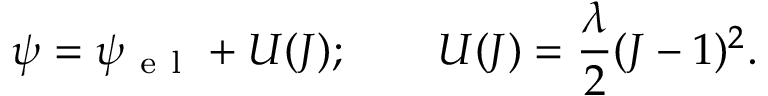
\psi = \psi _ { \mathrm { ~ e ~ l ~ } } + U ( J ) ; \qquad U ( J ) = \frac { \lambda } { 2 } ( J - 1 ) ^ { 2 } .